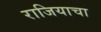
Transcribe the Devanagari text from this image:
राजियाचा